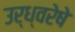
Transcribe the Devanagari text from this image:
उर्ध्वरेषे